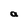
Character: a